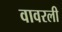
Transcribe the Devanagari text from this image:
वावरली